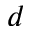
d